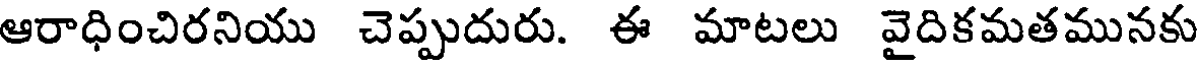
ఆరాధించిరనియు చెప్పుదురు. ఈ మాటలు వైదికమతమునకు